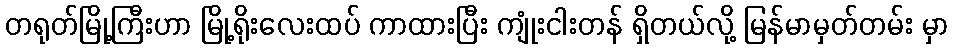
တရုတ်မြို့ကြီးဟာ မြို့ရိုးလေးထပ် ကာထားပြီး ကျုံးငါးတန် ရှိတယ်လို့ မြန်မာမှတ်တမ်း မှာ